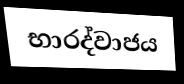
භාරද්වාජය